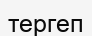
тергеп